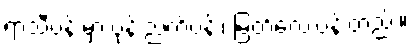
ရာသီပန်းမှာ ပုန်းညက်ပန်း၊ မြတ်လေးပန်းတည်း။